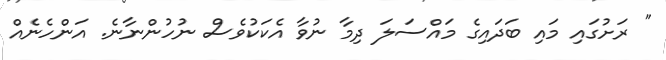
" ރަށުގައި މައި ބަދައިގެ މައްސަލަ ދިމާ ނުވާ އެކަކުވެސް ނުހުންނާނެ. އަންހެނެއް